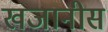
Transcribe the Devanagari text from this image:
खजानीस